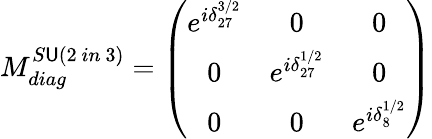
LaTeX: M_{diag}^{S\mathsf{U}(2\mathrm{{~}}in\mathrm{{~}}3)}=\left(\begin{array}{ccc}{{e^{i\delta_{27}^{3/2}}}}&{{0}}&{{0}}\\ {{0}}&{{e^{i\delta_{27}^{1/2}}}}&{{0}}\\ {{0}}&{{0}}&{{e^{i\delta_{8}^{1/2}}}}\end{array}\right)